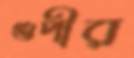
গুপীর